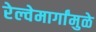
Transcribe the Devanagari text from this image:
रेल्वेमार्गांमुळे